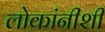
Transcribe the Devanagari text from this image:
लोकांनीशी